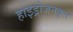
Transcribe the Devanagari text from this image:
हाइड्रोजनकृत